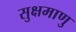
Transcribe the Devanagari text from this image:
सुक्षमाणु